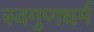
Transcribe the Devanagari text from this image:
स्वगुणधर्म